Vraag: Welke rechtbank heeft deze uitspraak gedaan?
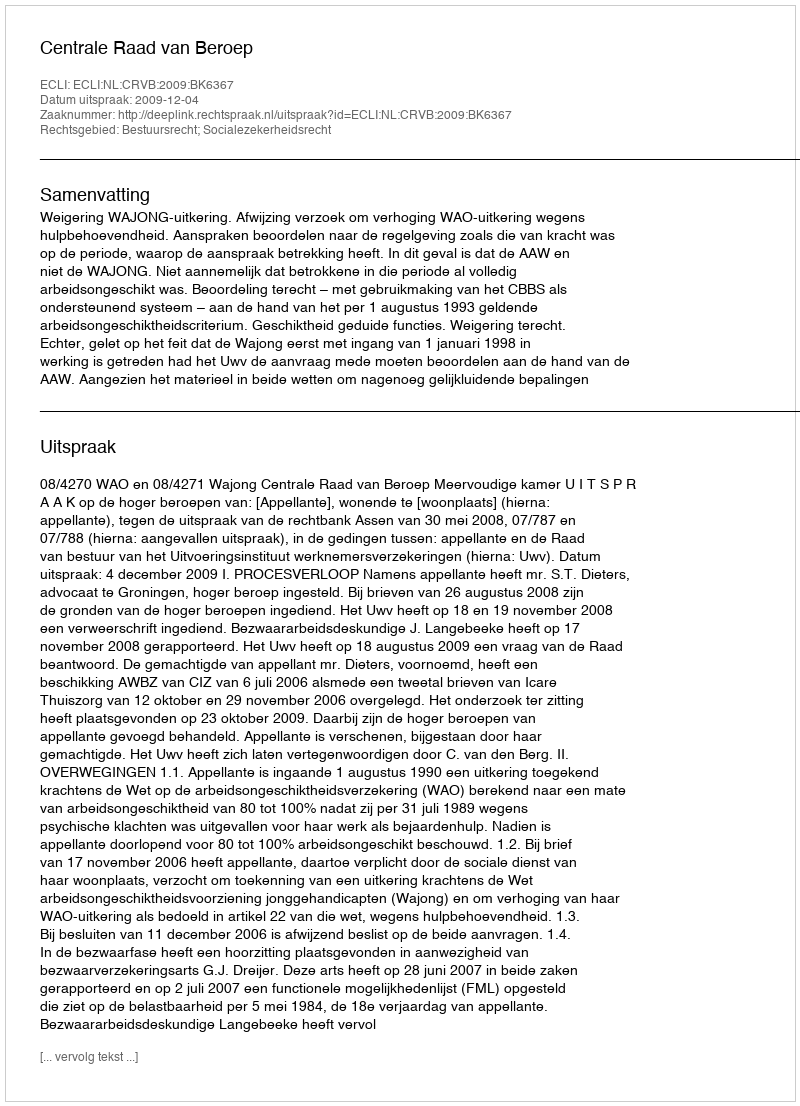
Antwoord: Centrale Raad van Beroep